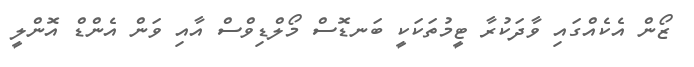
ޒޯން އެކެއްގައި ވާދަކުރާ ޓީމުތަކަކީ ބަނޑޮސް މޯލްޑިވްސް އާއި ވަން އެންޑް އޮންލީ